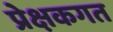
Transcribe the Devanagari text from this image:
प्रेक्षकगत